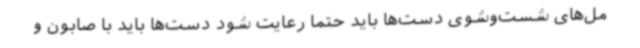
مل‌های شست‌وشوی دست‌ها باید حتما رعایت شود دست‌ها باید با صابون و